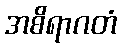
အစိရာဂတံ